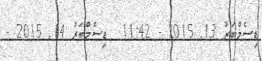
ޑިސެމްބަރު 13